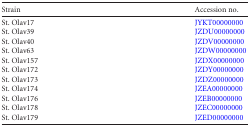
<table><thead><tr><td><b>Strain</b></td><td><b>Accession no.</b></td></tr></thead><tbody><tr><td>St. Olav17</td><td>JYKT00000000</td></tr><tr><td>St. Olav39</td><td>JZDU00000000</td></tr><tr><td>St. Olav40</td><td>JZDV00000000</td></tr><tr><td>St. Olav63</td><td>JZDW00000000</td></tr><tr><td>St. Olav157</td><td>JZDX00000000</td></tr><tr><td>St. Olav172</td><td>JZDY00000000</td></tr><tr><td>St. Olav173</td><td>JZDZ00000000</td></tr><tr><td>St. Olav174</td><td>JZEA00000000</td></tr><tr><td>St. Olav176</td><td>JZEB00000000</td></tr><tr><td>St. Olav178</td><td>JZEC00000000</td></tr><tr><td>St. Olav179</td><td>JZED00000000</td></tr></tbody></table>